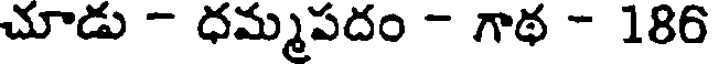
చూడు - ధమ్మపదం - గాథ - 186